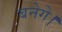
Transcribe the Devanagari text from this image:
बनेगे।